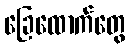
ခြေထောက်တွေ